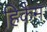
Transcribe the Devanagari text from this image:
हिकैम